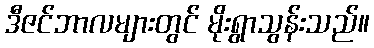
ဒီဇင်ဘာလများတွင် မိုးရွာသွန်းသည်။